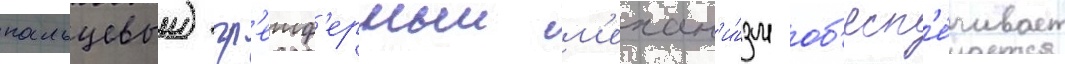
пальцевыи) гр'еиф'ерныи м'ехан'и́зм об'есп'е́чивает